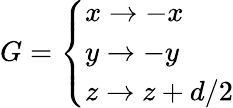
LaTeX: G=\left\{ \begin{array}{ll}{x\rightarrow-x}\\ {y\rightarrow-y}\\ {z\rightarrow z+d/2}\end{array}\right.